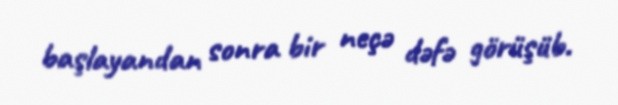
başlayandan sonra bir neçə dəfə görüşüb.